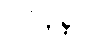
ဒုဝိနိစ္ဆိတံ